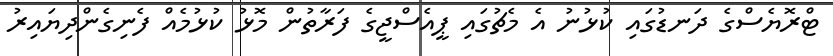
ޓްރޮޔެސްގެ ދަނޑުގައި ކުޅުނު އެ މެޗުގައި ޕީއެސްޖީގެ ފަރާތުން މޮޅު ކުޅުމެއް ފެނިގެންދިޔައިރު